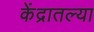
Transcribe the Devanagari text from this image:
केंद्रातल्या